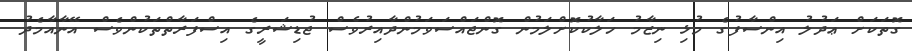
ގޮތަކަށް ޢަދުލު އިންސާފުގެ މުޅި ނިޒާމު ހަލާކުކޮށްލަމުން ގޮންޖައްސަވަމުންދާއިރުވެސް ޖުޑިޝަރީގެ އިސްފަރާތްތަކުންވެސް އޭނާއާމެދު